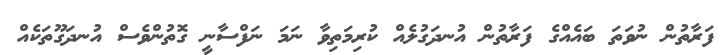
ފަރާތުން ނުވަތަ ބައެއްގެ ފަރާތުން އުނދަގުލެއް ކުރިމަތިވާ ނަމަ ނަފްސާނީ ގޮތުންވެސް އުނދަގޫތަކެއް